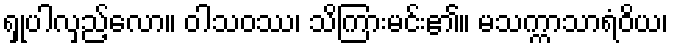
ရှုပါလှည့်လော။ ဝါသဝဿ၊ သိကြားမင်း၏။ မသက္ကာသာရံဝိယ၊